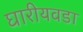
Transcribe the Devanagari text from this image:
घारीयवडा